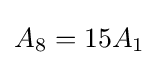
A_{8}=15A_{1}